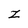
Character: z